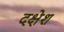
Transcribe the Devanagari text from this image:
दक्षेश